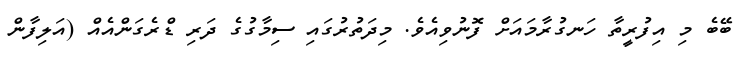
ބޭބެ މި އިފުރީތާ ހަނގުރާމައަށް ފޮނުވިއެވެ. މިދަތުރުގައި ސިމާގުގެ ދަރި ޑްރެގަންއެއް (އަލިފާން